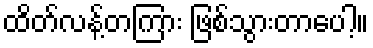
ထိတ်လန့်တကြား ဖြစ်သွားတာပေါ့။